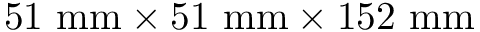
\mathrm { 5 1 ~ m m \times 5 1 ~ m m \times 1 5 2 ~ m m }